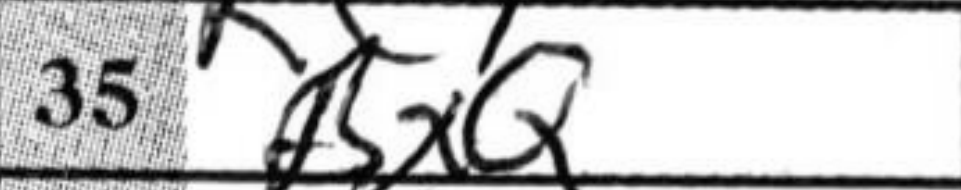
Transcription: BxQ